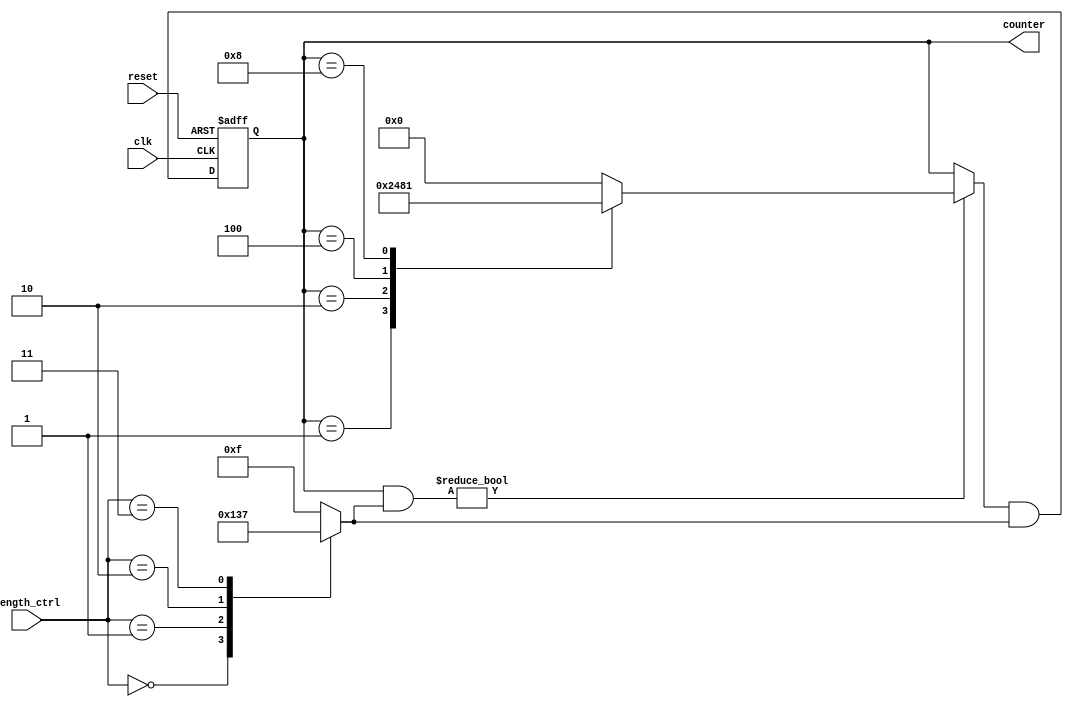
module variable_length_ring_counter (
    input wire clk,                // Clock input
    input wire reset,              // Asynchronous reset input
    input wire [3:0] length_ctrl,  // Length control input (maximum 4 for a 4-bit counter)
    output reg [3:0] counter       // Output representing the current state of the counter
);

    reg [3:0] next_counter;        // Next state for the counter
    reg [3:0] active_mask;         // Mask to determine active bits based on length control

    always @* begin
        // Determine the active mask based on length control
        case (length_ctrl)
            4'b0000: active_mask = 4'b0000; // Hold state if length is 0
            4'b0001: active_mask = 4'b0001; // Length 1
            4'b0010: active_mask = 4'b0011; // Length 2
            4'b0011: active_mask = 4'b0111; // Length 3
            4'b0100: active_mask = 4'b1111; // Length 4
            default: active_mask = 4'b1111;  // Default to maximum length
        endcase
    end

    always @(posedge clk or posedge reset) begin
        if (reset) begin
            counter <= 4'b0001; // Reset to initial state
        end else begin
            // Shift the '1' through the counter based on the active mask
            if (counter & active_mask) begin
                // Find the position of the current '1'
                case (counter)
                    4'b0001: next_counter = 4'b0010;
                    4'b0010: next_counter = 4'b0100;
                    4'b0100: next_counter = 4'b1000;
                    4'b1000: next_counter = 4'b0001; // Wrap around
                    default: next_counter = 4'b0000; // Default to zero if not valid
                endcase
            end else begin
                // If the current state doesn't match the active mask, hold the state
                next_counter = counter;
            end
            // Update the counter with the next state
            counter <= next_counter & active_mask; // Ensure the counter respects the active mask
        end
    end

endmodule